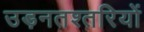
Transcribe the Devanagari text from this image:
उड़नतश्तरियों